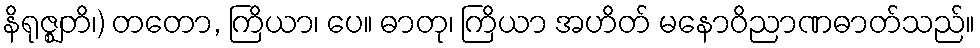
နိရုဇ္ဈတိ၊) တတော, ကြိယာ၊ ပေ။ ဓာတု၊ ကြိယာ အဟိတ် မနောဝိညာဏဓာတ်သည်။